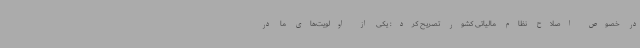
در خصوص اصلاح نظام مالیاتی کشور تصریح کرد: یکی از اولویت‌های ما در